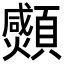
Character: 𩕠